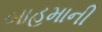
બાહમાની